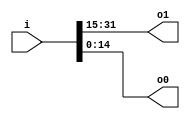
module va7b832_v9a2a06 (
 input [31:0] i,
 output [16:0] o1,
 output [14:0] o0
);
 assign o1 = i[31:15];
 assign o0 = i[14:0];
endmodule